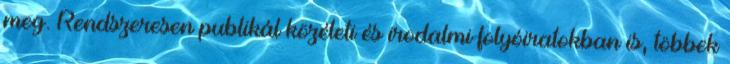
meg. Rendszeresen publikál közéleti és irodalmi folyóiratokban is, többek